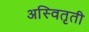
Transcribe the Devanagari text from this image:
अस्वितृती